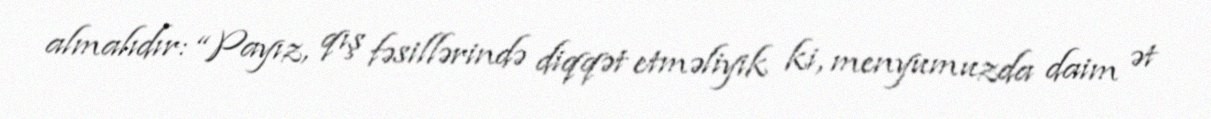
almalıdır: “Payız, qış fəsillərində diqqət etməliyik ki, menyumuzda daim ət